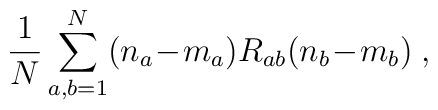
\frac{1}{N}  \sum_{a,b=1}^N(n_a\!-\!m_a)R_{ab}(n_b\!-\!m_b) \; ,